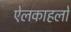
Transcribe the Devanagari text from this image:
ऐलकाहलों